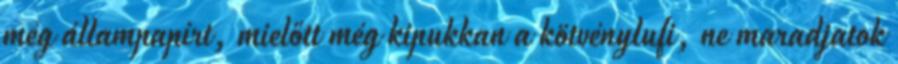
még állampapírt, mielőtt még kipukkan a kötvénylufi, ne maradjatok